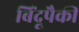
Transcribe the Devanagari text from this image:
बिंदूपैकी